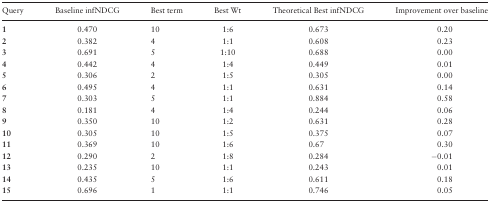
<table><thead><tr><td><b>Query</b></td><td><b>Baseline infNDCG</b></td><td><b>Best term</b></td><td><b>Best Wt</b></td><td><b>Theoretical Best infNDCG</b></td><td><b>Improvement over baseline</b></td></tr></thead><tbody><tr><td><b>1</b></td><td>0.470</td><td>10</td><td>1:6</td><td>0.673</td><td>0.20</td></tr><tr><td><b>2</b></td><td>0.382</td><td>4</td><td>1:1</td><td>0.608</td><td>0.23</td></tr><tr><td><b>3</b></td><td>0.691</td><td>5</td><td>1:10</td><td>0.688</td><td>0.00</td></tr><tr><td><b>4</b></td><td>0.442</td><td>4</td><td>1:4</td><td>0.449</td><td>0.01</td></tr><tr><td><b>5</b></td><td>0.306</td><td>2</td><td>1:5</td><td>0.305</td><td>0.00</td></tr><tr><td><b>6</b></td><td>0.495</td><td>4</td><td>1:1</td><td>0.631</td><td>0.14</td></tr><tr><td><b>7</b></td><td>0.303</td><td>5</td><td>1:1</td><td>0.884</td><td>0.58</td></tr><tr><td><b>8</b></td><td>0.181</td><td>4</td><td>1:4</td><td>0.244</td><td>0.06</td></tr><tr><td><b>9</b></td><td>0.350</td><td>10</td><td>1:2</td><td>0.631</td><td>0.28</td></tr><tr><td><b>10</b></td><td>0.305</td><td>10</td><td>1:5</td><td>0.375</td><td>0.07</td></tr><tr><td><b>11</b></td><td>0.369</td><td>10</td><td>1:6</td><td>0.67</td><td>0.30</td></tr><tr><td><b>12</b></td><td>0.290</td><td>2</td><td>1:8</td><td>0.284</td><td>−0.01</td></tr><tr><td><b>13</b></td><td>0.235</td><td>10</td><td>1:1</td><td>0.243</td><td>0.01</td></tr><tr><td><b>14</b></td><td>0.435</td><td>5</td><td>1:6</td><td>0.611</td><td>0.18</td></tr><tr><td><b>15</b></td><td>0.696</td><td>1</td><td>1:1</td><td>0.746</td><td>0.05</td></tr></tbody></table>